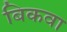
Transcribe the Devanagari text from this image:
बिकवा